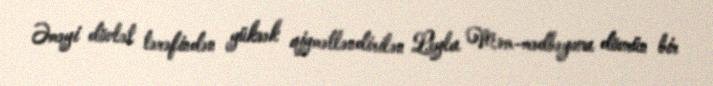
Əməyi dövlət tərəfindən yüksək qiymətləndirilən Leyla Məm­mədbəyova dövrün bir